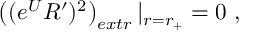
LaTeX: \left( ( e ^ { U } R ^ { \prime } ) ^ { 2 } \right) _ { e x t r } | _ { r = r _ { + } } = 0 \ ,